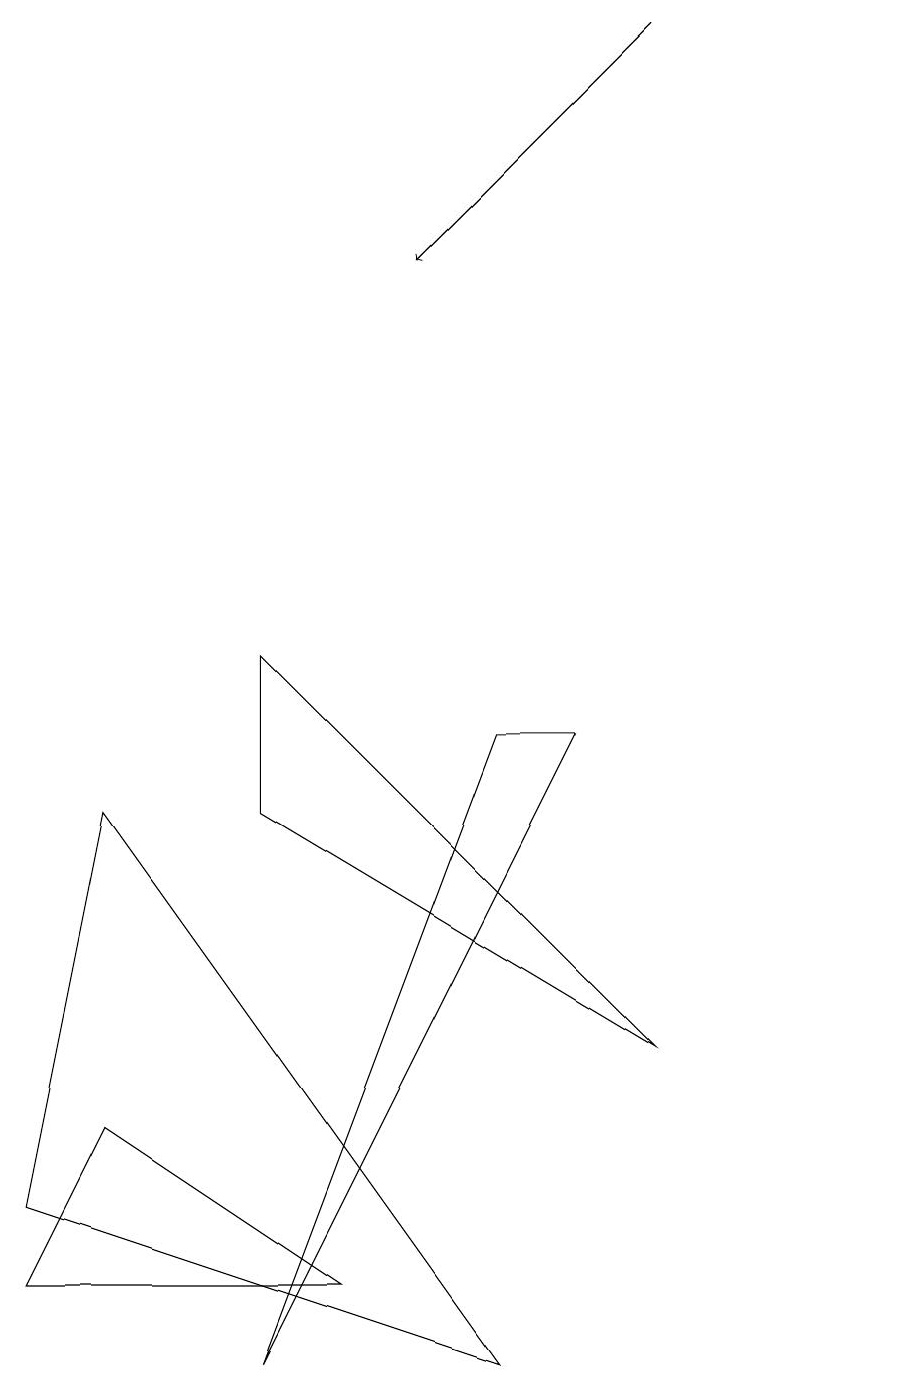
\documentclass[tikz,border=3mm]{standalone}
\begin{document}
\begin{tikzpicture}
\draw (7,8) -- (3,0) -- (6,8) -- cycle;
\draw (0,1) -- (1,3) -- (4,1) -- cycle;
\draw (8,4) -- (3,7) -- (3,9) -- cycle;
\draw (11,12) circle (0);
\draw (6,0) -- (1,7) -- (0,2) -- cycle;
\draw[->] (8,17) -- (5,14);
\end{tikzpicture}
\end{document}